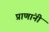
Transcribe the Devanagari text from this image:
प्राणांनी